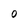
Character: 0